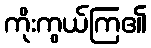
ကိုးကွယ်ကြ၏